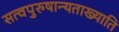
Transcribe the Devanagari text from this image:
सत्वपुरुषान्यताख्याति